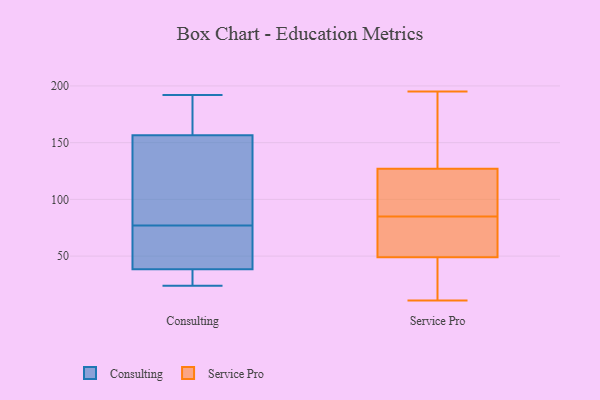
{"axis": {"x": "Active Users", "y": "Value"}, "legend": ["Consulting", "Service Pro"], "data": [{"x": "", "y": 46, "type": "Consulting"}, {"x": "", "y": 29, "type": "Consulting"}, {"x": "", "y": 77, "type": "Consulting"}, {"x": "", "y": 166, "type": "Consulting"}, {"x": "", "y": 76, "type": "Consulting"}, {"x": "", "y": 70, "type": "Consulting"}, {"x": "", "y": 24, "type": "Consulting"}, {"x": "", "y": 31, "type": "Consulting"}, {"x": "", "y": 100, "type": "Consulting"}, {"x": "", "y": 188, "type": "Consulting"}, {"x": "", "y": 174, "type": "Consulting"}, {"x": "", "y": 128, "type": "Consulting"}, {"x": "", "y": 81, "type": "Consulting"}, {"x": "", "y": 192, "type": "Consulting"}, {"x": "", "y": 36, "type": "Consulting"}, {"x": "", "y": 49, "type": "Service Pro"}, {"x": "", "y": 177, "type": "Service Pro"}, {"x": "", "y": 11, "type": "Service Pro"}, {"x": "", "y": 14, "type": "Service Pro"}, {"x": "", "y": 195, "type": "Service Pro"}, {"x": "", "y": 82, "type": "Service Pro"}, {"x": "", "y": 103, "type": "Service Pro"}, {"x": "", "y": 118, "type": "Service Pro"}, {"x": "", "y": 165, "type": "Service Pro"}, {"x": "", "y": 37, "type": "Service Pro"}, {"x": "", "y": 127, "type": "Service Pro"}, {"x": "", "y": 49, "type": "Service Pro"}, {"x": "", "y": 88, "type": "Service Pro"}, {"x": "", "y": 151, "type": "Service Pro"}, {"x": "", "y": 52, "type": "Service Pro"}, {"x": "", "y": 50, "type": "Service Pro"}, {"x": "", "y": 106, "type": "Service Pro"}, {"x": "", "y": 28, "type": "Service Pro"}]}